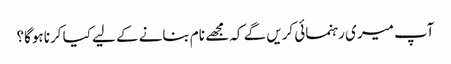
آپ میری رہنمائی کریں گے کہ مجھے نام بنانے کے لیے کیا کرنا ہوگا؟